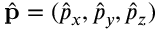
\hat { \bf p } = ( \hat { p } _ { x } , \hat { p } _ { y } , \hat { p } _ { z } )